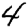
Digit: 4